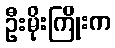
ဦးမိုးကြိုးက